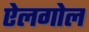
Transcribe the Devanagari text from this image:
ऐलगोल